Scottish Certificate of Education, 1962
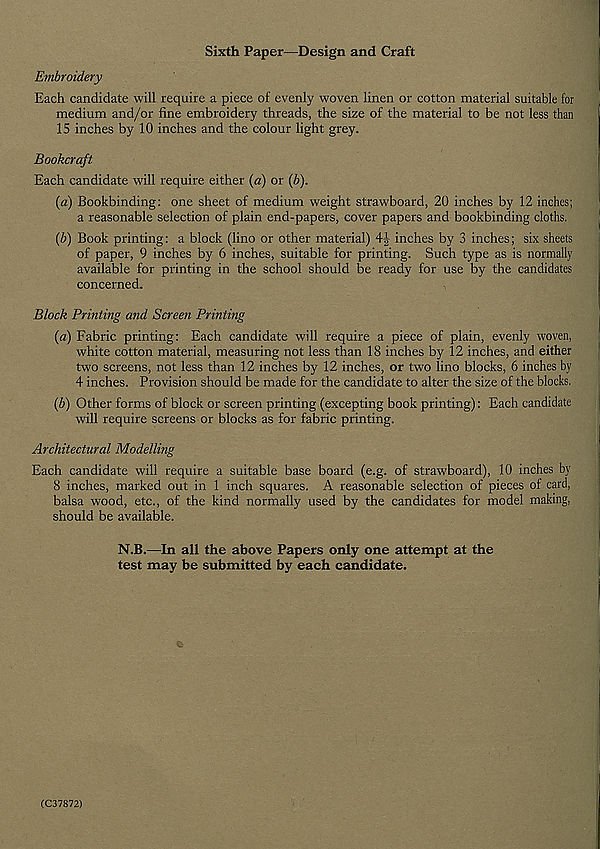
Sixth Paper—Design and Craft
Embroidery
Each candidate will require a piece of evenly woven linen or cotton material suitable for
medium and/or fine embroidery threads, the size of the material to be not less than
15 inches by 10 inches and the colour light grey.
Bookcraft
Each candidate will require either (a) or (b).
(a) Bookbinding: one sheet of medium weight strawboard, 20 inches by 12 inches;
a reasonable selection of plain end-papers, cover papers and bookbinding cloths.
(b) Book printing: a block (lino or other material) 4J inches by 3 inches; six sheets
of paper, 9 inches by 6 inches, suitable for printing. Such type as is normally
available for printing in the school should be ready for use by the candidates
concerned.
Block Printing and Screen Printing
(a) Fabric printing: Each candidate will require a piece of plain, evenly woven,
white cotton material, measuring not less than 18 inches by 12 inches, and either
two screens, not less than 12 inches by 12 inches, or two lino blocks, 6 inches by
4 inches. Provision should be made for the candidate to alter the size of the blocks.
(b) Other forms of block or screen printing (excepting book printing): Each candidate
will require screens or blocks as for fabric printing.
Architectural Modelling
Each candidate will require a suitable base board (e.g. of strawboard), 10 inches by
8 inches, marked out in 1 inch squares. A reasonable selection of pieces of card,
balsa wood, etc., of the kind normally used by the candidates for model making,
should be available.
N.B.—In all the above Papers only one attempt at the
test may be submitted by each candidate.
(C37872)